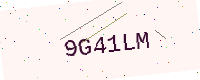
Text: 9G41LM